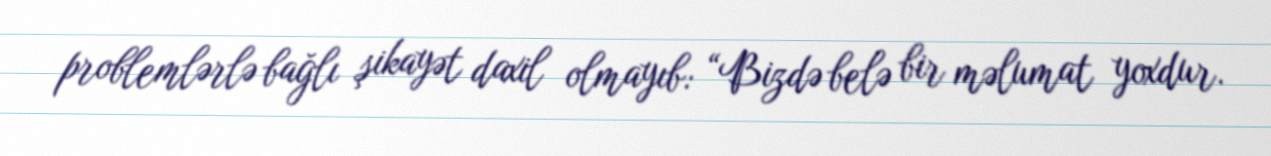
problemlərlə bağlı şikayət daxil olmayıb: “Bizdə belə bir məlumat yoxdur.